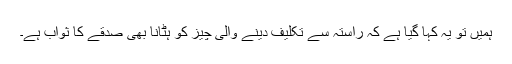
ہمیں تو یہ کہا گیا ہے کہ راستہ سے تکلیف دینے والی چیز کو ہٹانا بھی صدقے کا ثواب ہے۔